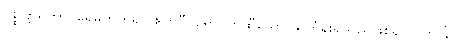
ပစ္စုတ္တရိတွာ၊ ရေမှတတ်၍။ ဧကဝီဝရော၊ တထီသော သင်္ကန်းရှိသည်ဖြစ်၍။ ဂတ္တာနိ၊